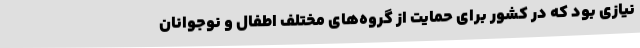
نیازی بود که در کشور برای حمایت از گروه‌های مختلف اطفال و نوجوانان